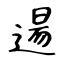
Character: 逿